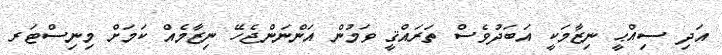
އަދި ސިއްޙީ ނިޒާމަކީ އަބަދުވެސް ތަރައްޤީ ވަމުން އަންނަންޖެހޭ ނިޒާމެއް ކަމަށް މިނިސްޓަރ